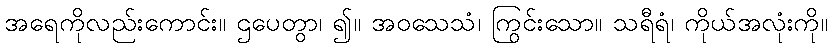
အရေကိုလည်းကောင်း။ ဌပေတွာ၊ ၍။ အဝသေသံ၊ ကြွင်းသော။ သရီရံ၊ ကိုယ်အလုံးကို။